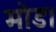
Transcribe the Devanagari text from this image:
मोड।